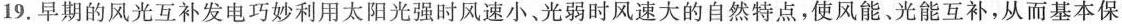
19.早期的风光互补发电巧妙利用太阳光强时风速小、光弱时风速大的自然特点，使风能、光能互补，从而基本保